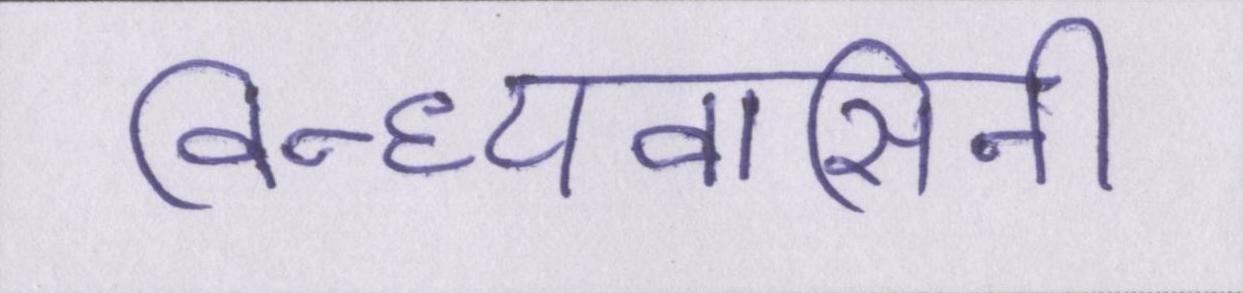
विन्ध्यवासिनी